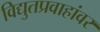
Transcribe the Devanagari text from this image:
विद्युतप्रवाहांवर